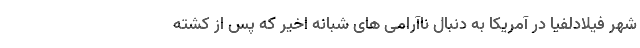
شهر فیلادلفیا در آمریکا به دنبال ناآرامی های شبانه اخیر که پس از کشته